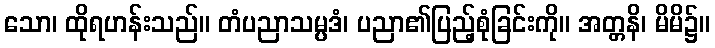
သော၊ ထိုရဟန်းသည်။ တံပညာသမ္ပဒံ၊ ပညာ၏ပြည့်စုံခြင်းကို။ အတ္တနိ၊ မိမိ၌။